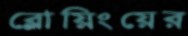
ব্লোয়িংয়ের